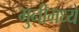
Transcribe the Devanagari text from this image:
मुनीमध्यें